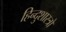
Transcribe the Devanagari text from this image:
हिन्दुशास्त्रों